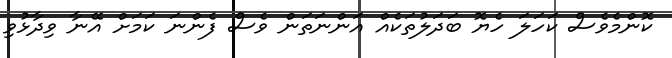
ކޮންމެވެސް ކަހަލަ ހެޔޮ ބަދަލުތަކެއް އަންނަތަން ވެސް ފެންނަ ކަމަށް އޭނާ ވިދާޅުވި